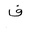
Letter: _fa